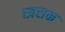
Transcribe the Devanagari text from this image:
खसक